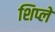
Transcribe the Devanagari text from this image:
शिप्ले